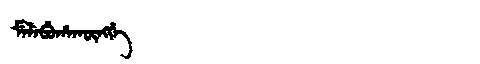
Manchu: ᠮᡝᠯᡝᠪᡠᡥᠠᡴᡡᠩᡤᡝ
Romanization: MELEBUHAKŪNGGE